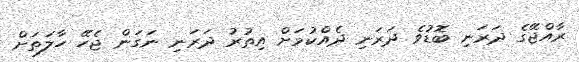
ރާއްޖޭގެ ދަރަނި ބޮޑުވެ ދަރަނި ދެއްކުމަށް އިތުރު ދަރަނި ނަގަން ޖެހޭ ހާލަތަށް